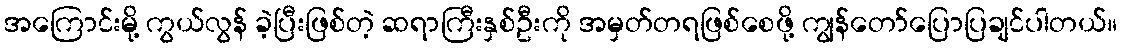
အကြောင်းမို့ ကွယ်လွန် ခဲ့ပြီးဖြစ်တဲ့ ဆရာကြီးနှစ်ဦးကို အမှတ်တရဖြစ်စေဖို့ ကျွန်တော်ပြောပြချင်ပါတယ်။